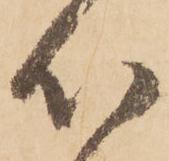
心